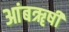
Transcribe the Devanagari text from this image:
आंबॠषी